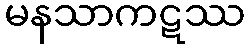
မနသာကဋဿ